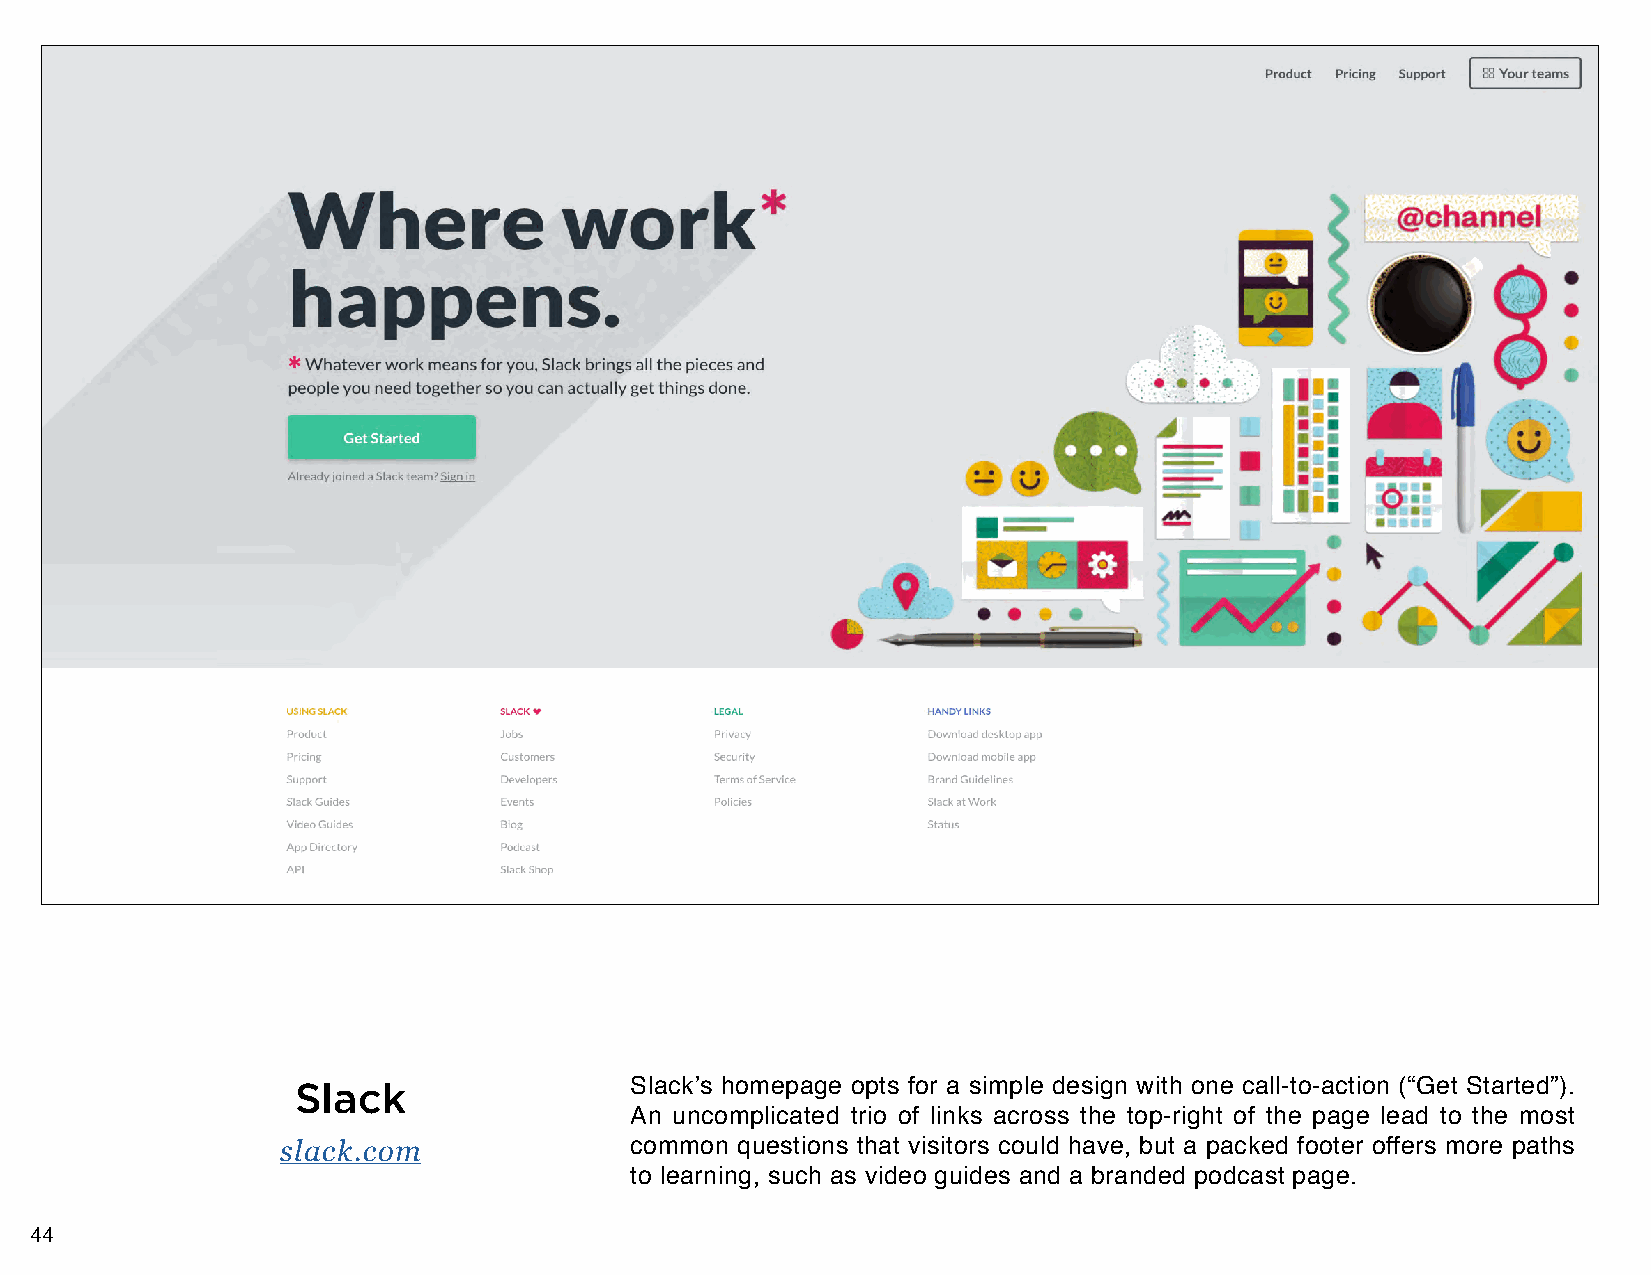
Slack                 Slack’s homepage opts for a simple design with one call-to-action (“Get Started”).
 An uncomplicated trio of links across the top-right of the page lead to the most
 slack.com              common questions that visitors could have, but a packed footer offers more paths
 to learning, such as video guides and a branded podcast page.
 44